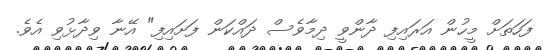
ފަހަތަށް މީހުން އަރައިފި ދާންވީ ދިމާވެސް ދައްކަން ފަށައިފި" އޭނާ ވިދާޅުވި އެވެ.